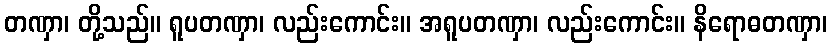
တဏှာ၊ တို့သည်။ ရူပတဏှာ၊ လည်းကောင်း။ အရူပတဏှာ၊ လည်းကောင်း။ နိရောဓတဏှာ၊